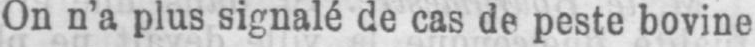
On n’a plus signalé de cas de peste bovine